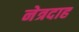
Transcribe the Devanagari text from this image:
नेत्रदाह